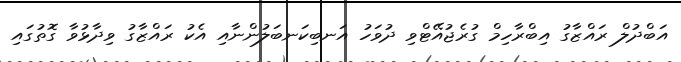
އަބްދުލް ރައްޒާގު އިބްރާހިމް ގުރެޖުއޭޓްވި ދުވަހު އަނބިކަނބަލުންނާއި އެކު ރައްޒާގު ވިދާޅުވާ ގޮތުގައި